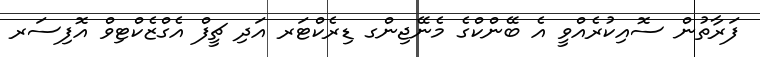
ފަރާތުން ސޮއިކުރެއްވީ އެ ބޭންކްގެ މެނޭޖިންގ ޑިރެކްޓަރ އަދި ޗީފް އެގްޒެކްޓިވް އޮފިސަރ